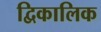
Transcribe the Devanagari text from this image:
द्विकालिक